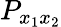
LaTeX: P_{x_{1}x_{2}}